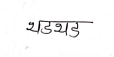
मजकूर: थडथड